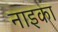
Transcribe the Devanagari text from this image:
नाइका